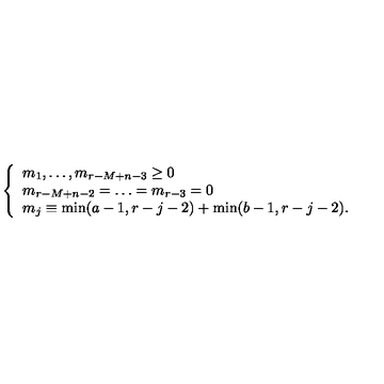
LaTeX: \left\{ \begin{array} { l } { m _ { 1 } , \ldots , m _ { r - M + n - 3 } \geq 0 } \\ { m _ { r - M + n - 2 } = \ldots = m _ { r - 3 } = 0 } \\ { m _ { j } \equiv \min ( a - 1 , r - j - 2 ) + \min ( b - 1 , r - j - 2 ) . } \\ \end{array} \right.